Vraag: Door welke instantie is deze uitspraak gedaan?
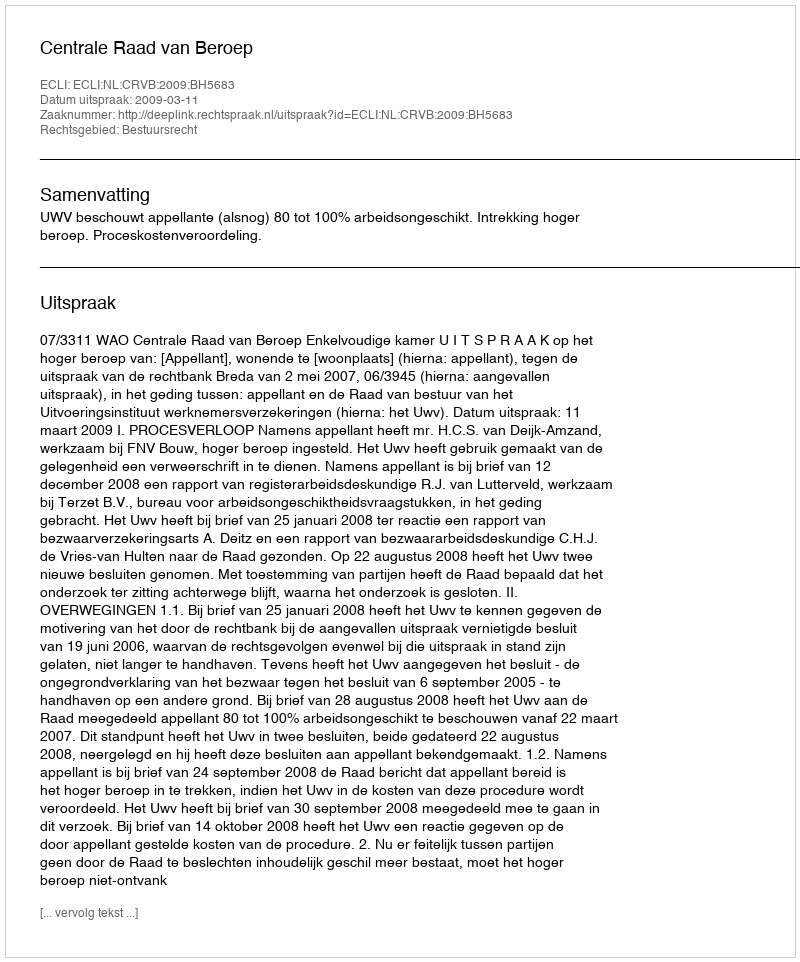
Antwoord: Centrale Raad van Beroep